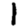
Digit: 1